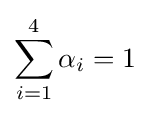
\sum _{i=1}^{4}\alpha _{i}=1